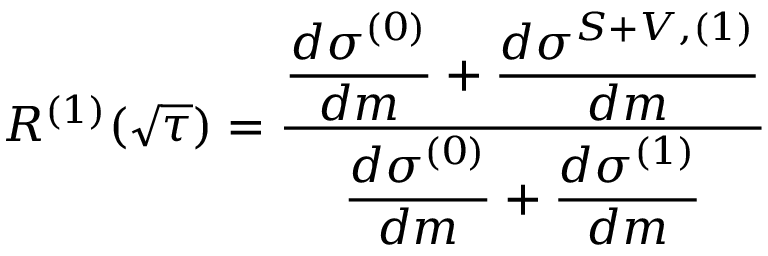
R ^ { ( 1 ) } ( \sqrt { \tau } ) = \frac { \displaystyle \frac { d \sigma ^ { ( 0 ) } } { d m } + \frac { d \sigma ^ { S + V , ( 1 ) } } { d m } } { \displaystyle \frac { d \sigma ^ { ( 0 ) } } { d m } + \frac { d \sigma ^ { ( 1 ) } } { d m } }